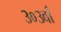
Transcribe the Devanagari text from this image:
३०३वाँ